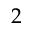
2